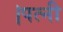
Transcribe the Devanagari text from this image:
।पत्नी